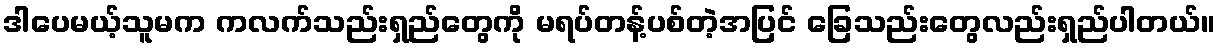
ဒါပေမယ့်သူမက ကလက်သည်းရှည်တွေကို မရပ်တန့်ပစ်တဲ့အပြင် ခြေသည်းတွေလည်းရှည်ပါတယ်။